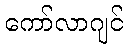
ကော်လာဂျင်